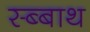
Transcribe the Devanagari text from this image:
स्ब्बाथ